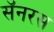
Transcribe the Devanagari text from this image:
सॅनरस